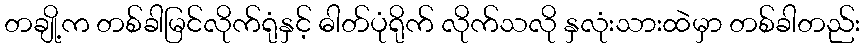
တချို့က တစ်ခါမြင်လိုက်ရုံနှင့် ဓါတ်ပုံရိုက် လိုက်သလို နှလုံးသားထဲမှာ တစ်ခါတည်း